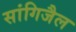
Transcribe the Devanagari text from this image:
सांगिजैल